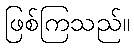
ဖြစ်ကြသည်။